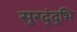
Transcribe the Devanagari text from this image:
सुरदुंदुभि